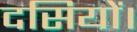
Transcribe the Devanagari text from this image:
दसियों।